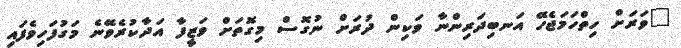
"ވަރަށް ހިތްހަމަޖެހޭ އަނބިދަރިންނާ ވަކިން ދުރަށް ނުގޮސް މިގޮތަށް ވަޒީފާ އަދާކުރެވޭނެ މަގުފަހިވެފައި